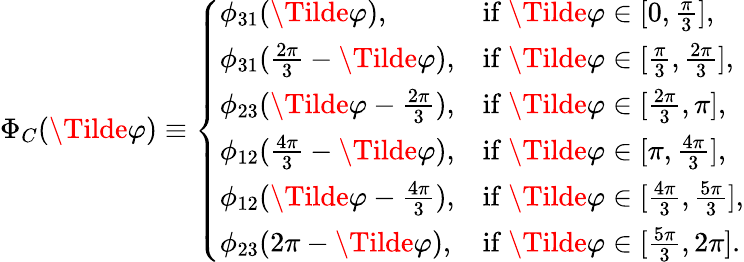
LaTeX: \Phi_{C}(\Tilde{\varphi})\equiv\left\{ \begin{array}{ll}{\phi_{31}(\Tilde{\varphi}),}&{\mathrm{if~}\Tilde{\varphi}\in[0,\frac{\pi}{3}],}\\ {\phi_{31}(\frac{2\pi}{3}-\Tilde{\varphi}),}&{\mathrm{if~}\Tilde{\varphi}\in[\frac{\pi}{3},\frac{2\pi}{3}],}\\ {\phi_{23}(\Tilde{\varphi}-\frac{2\pi}{3}),}&{\mathrm{if~}\Tilde{\varphi}\in[\frac{2\pi}{3},\pi],}\\ {\phi_{12}(\frac{4\pi}{3}-\Tilde{\varphi}),}&{\mathrm{if~}\Tilde{\varphi}\in[\pi,\frac{4\pi}{3}],}\\ {\phi_{12}(\Tilde{\varphi}-\frac{4\pi}{3}),}&{\mathrm{if~}\Tilde{\varphi}\in[\frac{4\pi}{3},\frac{5\pi}{3}],}\\ {\phi_{23}(2\pi-\Tilde{\varphi}),}&{\mathrm{if~}\Tilde{\varphi}\in[\frac{5\pi}{3},2\pi].}\end{array}\right.